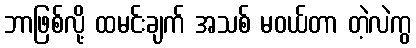
ဘာဖြစ်လို့ ထမင်းချက် အသစ် မဝယ်တာ တဲ့လဲကွ